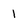
Character: 1